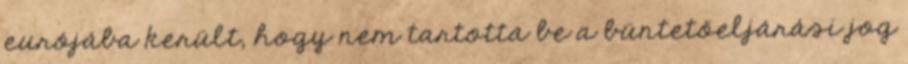
eurójába került, hogy nem tartotta be a büntetőeljárási jog